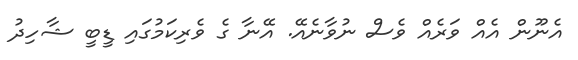
އެނޫން އެއް ވަރެއް ވެސް ނުވާނެއޭ. އޭނާ ގެ ވެރިކަމުގައި ޑީބީ ޝާހިދު